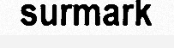
surmark